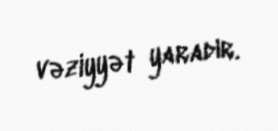
vəziyyət yaradır.